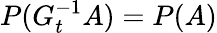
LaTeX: P(G_{t}^{-1}A)=P(A)